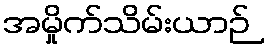
အမှိုက်သိမ်းယာဉ်